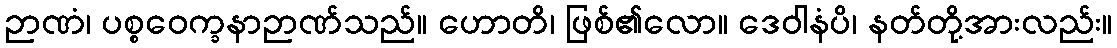
ဉာဏံ၊ ပစ္စဝေက္ခနာဉာဏ်သည်။ ဟောတိ၊ ဖြစ်၏လော။ ဒေဝါနံပိ၊ နတ်တို့အားလည်း။